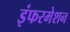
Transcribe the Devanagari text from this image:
इंफरमेशन